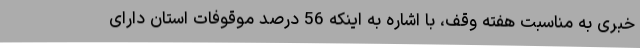
خبری به مناسبت هفته وقف، با اشاره به اینکه 56 درصد موقوفات استان دارای